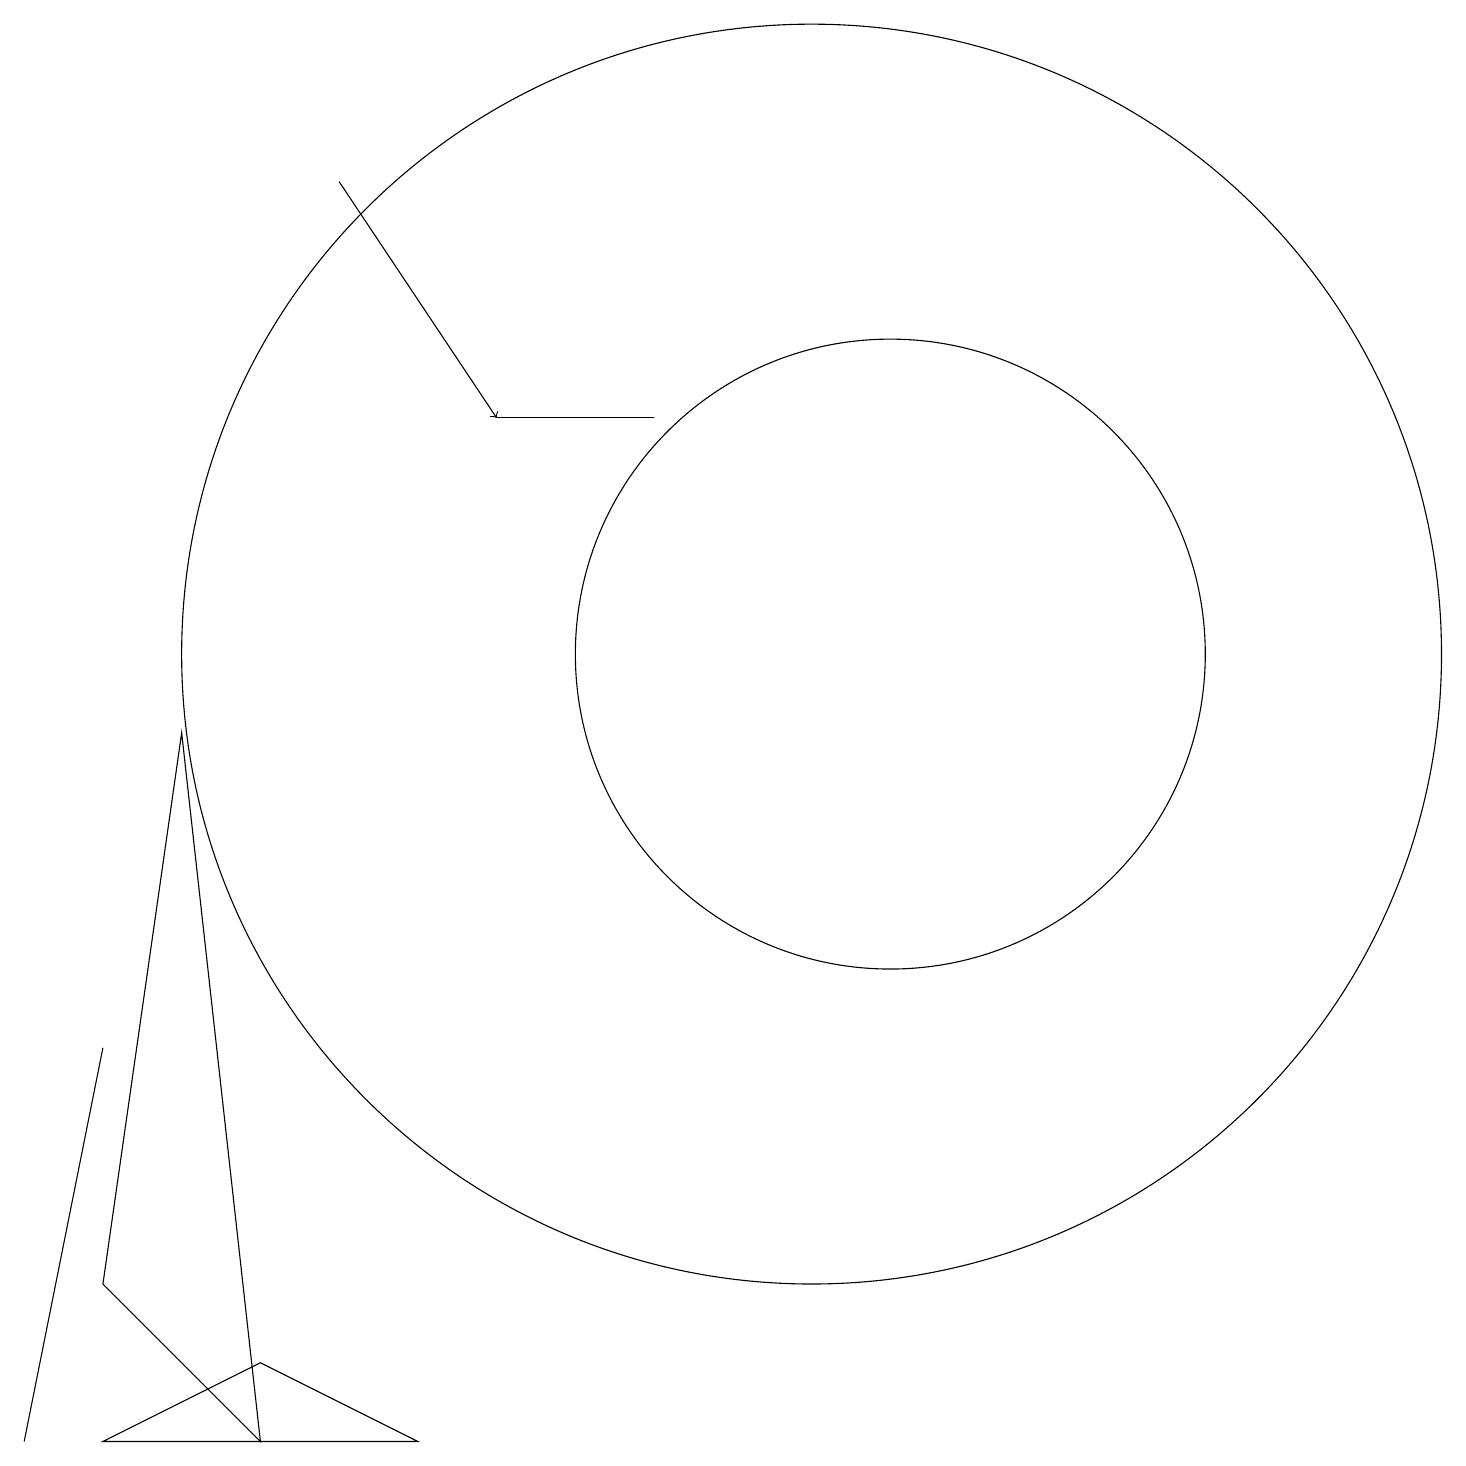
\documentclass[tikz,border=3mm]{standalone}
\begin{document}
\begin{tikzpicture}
\draw (11,10) circle (4);
\draw (3,1) -- (5,0) -- (1,0) -- cycle;
\draw (6,13) rectangle (8,13);
\draw (0,0) -- (1,5) -- (1,5) -- cycle;
\draw[->] (4,16) -- (6,13);
\draw (3,0) -- (1,2) -- (2,9) -- cycle;
\draw (10,10) circle (8);
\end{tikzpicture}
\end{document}